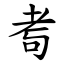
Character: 耉